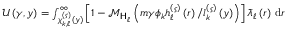
\begin{array} { r } { \mathcal { U } \left( \gamma , y \right) = \int _ { \chi _ { k , \ell } ^ { \left( \varsigma \right) } \left( y \right) } ^ { \infty } { \left[ 1 - \mathcal { M } _ { \mathsf { H } _ { \ell } } \left( m \gamma \phi _ { k } h _ { \ell } ^ { \left( \varsigma \right) } \left( r \right) / l _ { k } ^ { \left( \varsigma \right) } \left( y \right) \right) \right] \bar { \lambda } _ { \ell } \left( r \right) \, \mathrm { d } r } } \end{array}